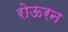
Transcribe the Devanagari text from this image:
रोऊरन